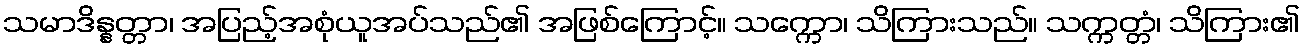
သမာဒိန္နတ္တာ၊ အပြည့်အစုံယူအပ်သည်၏ အဖြစ်ကြောင့်။ သက္ကော၊ သိကြားသည်။ သက္ကတ္တံ၊ သိကြား၏